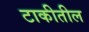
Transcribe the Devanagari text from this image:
टाकीतील